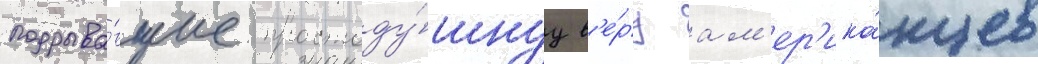
подрыва́вшие простоду́шнуу в'е́ру ам'ер'ика́нцев